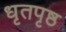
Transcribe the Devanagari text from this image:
धृतपृष्ठ